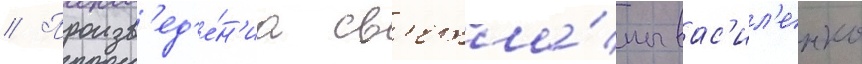
// Произв'ед'е́н'иа св'етла́ны вас'ил'енко